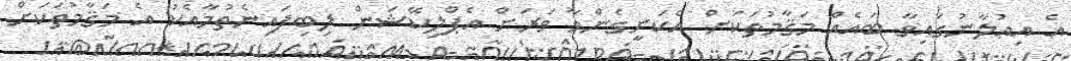
އެ އިޢުލާނުގައިވާ ބައެއް މަޤާމުތަކަށް އެކަށީގެންވާ ވަރަށް އެޕްލިކޭޝަން ލިބިފައިނެތުމާއެކު އެ މަޤާމުތަކަށް